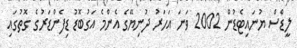
ލީޑްސް ޔުނައިޓެޑުން 2002 ވަނަ އަހަރު ދުނިޔޭގެ އެންމެ އަގުބޮޑު ޑިފެންޑަރުގެ ގޮތުގައި